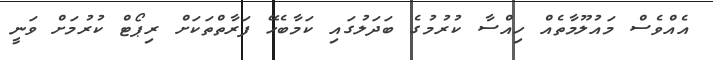
އެއްވެސް މައުލޫމާތެއް ހިއްސާ ކުރުމުގެ ބަދަލުގައި ކަމާބެހޭ ފަރާތްތަކަށް ރިޕޯޓް ކުރުމަށް ވަނީ